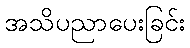
အသိပညာပေးခြင်း